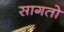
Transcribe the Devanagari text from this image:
सागतो